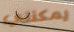
يمكنني